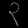
Digit: ၃